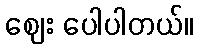
ဈေး ပေါပါတယ်။